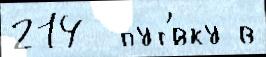
214  пут'́вку в